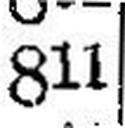
811